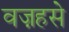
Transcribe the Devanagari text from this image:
वज़हसे